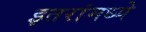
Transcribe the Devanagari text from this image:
इतरांमध्ये